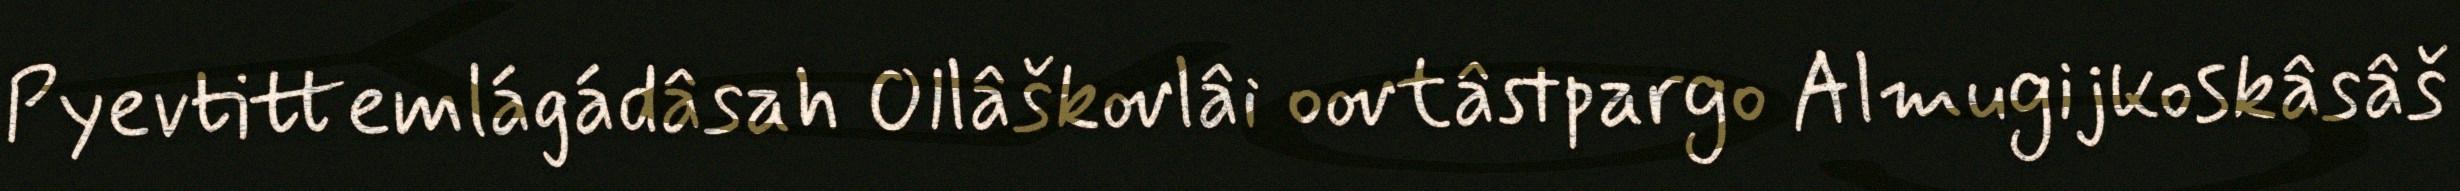
Pyevtittemlágádâsah Ollâškovlâi oovtâstpargo Almugijkoskâsâš